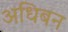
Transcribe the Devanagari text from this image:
अधिबन